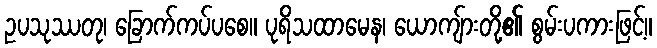
ဥပသုဿတု၊ ခြောက်ကပ်ပစေ။ ပုရိသထာမေန၊ ယောကျ်ားတို့၏ စွမ်းပကားဖြင့်။